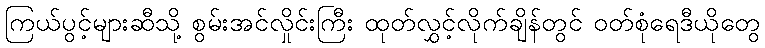
ကြယ်ပွင့်များဆီသို့ စွမ်းအင်လှိုင်းကြီး ထုတ်လွှင့်လိုက်ချိန်တွင် ဝတ်စုံရေဒီယိုတွေ